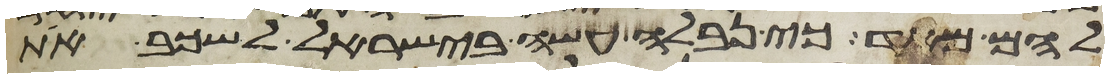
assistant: להם מאד כי נבלה עשה בישראל לשכב את